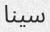
سينا